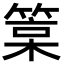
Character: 𥯲